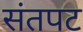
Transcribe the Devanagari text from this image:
संतपट